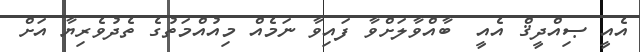
އެއީ ޞިއްދީޤް އެއީ  ބާއްވާލަށްވާ ފައިވާ ނަމެއް މިއުއްމަތުގެ ތެދުވެރިޔާ އަށް